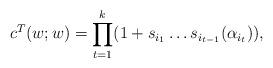
LaTeX: \begin{align*}c^T(w; w)= \prod_{t=1}^{k} (1 + s_{i_1} \ldots s_{i_{t-1}}(\alpha_{i_t})) \/, \end{align*}